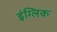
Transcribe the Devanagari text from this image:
इंग्लिक